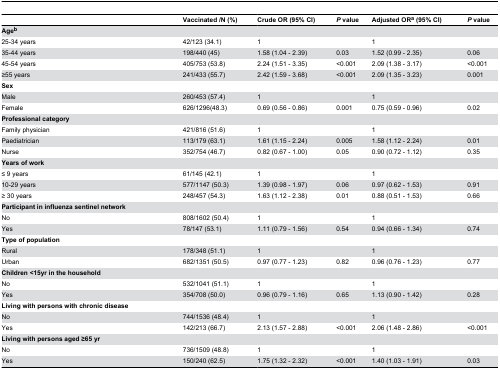
<table><thead><tr><td></td><td><b>Vaccinated /N (%)</b></td><td><b>Crude OR (95% CI)</b></td><td><b><i>P</i> value</b></td><td><b>Adjusted OR<sup>a</sup> (95% CI)</b></td><td><b><i>P</i> value</b></td></tr></thead><tbody><tr><td><b>Age<sup>b</sup></b></td><td></td><td></td><td></td><td></td><td></td></tr><tr><td> 25-34 years</td><td>42/123 (34.1)</td><td>1</td><td></td><td>1</td><td></td></tr><tr><td> 35-44 years</td><td>198/440 (45)</td><td>1.58 (1.04 - 2.39)</td><td> 0.03</td><td>1.52 (0.99 - 2.35)</td><td>0.06</td></tr><tr><td> 45-54 years</td><td>405/753 (53.8)</td><td>2.24 (1.51 - 3.35)</td><td>&lt;0.001</td><td>2.09 (1.38 - 3.17)</td><td>&lt;0.001</td></tr><tr><td> ≥55 years</td><td>241/433 (55.7)</td><td>2.42 (1.59 - 3.68)</td><td>&lt;0.001</td><td>2.09 (1.35 - 3.23)</td><td>0.001</td></tr><tr><td><b>Sex</b></td><td></td><td></td><td></td><td></td><td></td></tr><tr><td> Male</td><td>260/453 (57.4)</td><td>1</td><td></td><td>1</td><td></td></tr><tr><td> Female</td><td>626/1296(48.3)</td><td>0.69 (0.56 - 0.86)</td><td>0.001</td><td>0.75 (0.59 - 0.96)</td><td>0.02</td></tr><tr><td><b>Professional category</b></td><td></td><td></td><td></td><td></td><td></td></tr><tr><td> Family physician</td><td>421/816 (51.6)</td><td>1</td><td></td><td>1</td><td></td></tr><tr><td> Paediatrician</td><td>113/179 (63.1)</td><td>1.61 (1.15 - 2.24)</td><td>0.005</td><td>1.58 (1.12 - 2.24)</td><td>0.01</td></tr><tr><td> Nurse</td><td>352/754 (46.7)</td><td>0.82 (0.67 - 1.00)</td><td>0.05</td><td>0.90 (0.72 - 1.12)</td><td>0.35</td></tr><tr><td><b>Years of work</b></td><td></td><td></td><td></td><td></td><td></td></tr><tr><td> ≤ 9 years</td><td>61/145 (42.1)</td><td>1</td><td></td><td>1</td><td></td></tr><tr><td> 10-29 years</td><td>577/1147 (50.3)</td><td>1.39 (0.98 - 1.97)</td><td>0.06</td><td>0.97 (0.62 - 1.53)</td><td>0.91</td></tr><tr><td> ≥ 30 years</td><td>248/457 (54.3)</td><td>1.63 (1.12 - 2.38)</td><td>0.01</td><td>0.88 (0.51 - 1.53)</td><td>0.66</td></tr><tr><td><b>Participant in influenza sentinel network</b></td><td></td><td></td><td></td><td></td><td></td></tr><tr><td> No</td><td>808/1602 (50.4)</td><td>1</td><td></td><td>1</td><td></td></tr><tr><td> Yes</td><td>78/147 (53.1)</td><td>1.11 (0.79 - 1.56)</td><td>0.54</td><td>0.94 (0.66 - 1.34)</td><td>0.74</td></tr><tr><td><b>Type of population</b></td><td></td><td></td><td></td><td></td><td></td></tr><tr><td> Rural</td><td>178/348 (51.1)</td><td>1</td><td></td><td>1</td><td></td></tr><tr><td> Urban</td><td>682/1351 (50.5)</td><td>0.97 (0.77 - 1.23)</td><td>0.82</td><td>0.96 (0.76 - 1.23)</td><td>0.77</td></tr><tr><td><b>Children &lt;15yr in the household</b></td><td></td><td></td><td></td><td></td><td></td></tr><tr><td> No</td><td>532/1041 (51.1)</td><td>1</td><td></td><td>1</td><td></td></tr><tr><td> Yes</td><td>354/708 (50.0)</td><td>0.96 (0.79 - 1.16)</td><td>0.65</td><td>1.13 (0.90 - 1.42)</td><td>0.28</td></tr><tr><td><b>Living with persons with chronic disease</b></td><td></td><td></td><td></td><td></td><td></td></tr><tr><td> No</td><td>744/1536 (48.4)</td><td>1</td><td></td><td>1</td><td></td></tr><tr><td> Yes</td><td>142/213 (66.7)</td><td>2.13 (1.57 - 2.88)</td><td>&lt;0.001</td><td>2.06 (1.48 - 2.86)</td><td>&lt;0.001</td></tr><tr><td><b>Living with persons aged ≥65 yr</b></td><td></td><td></td><td></td><td></td><td></td></tr><tr><td> No</td><td>736/1509 (48.8)</td><td>1</td><td></td><td>1</td><td></td></tr><tr><td> Yes</td><td>150/240 (62.5)</td><td>1.75 (1.32 - 2.32)</td><td>&lt;0.001</td><td>1.40 (1.03 - 1.91)</td><td>0.03</td></tr></tbody></table>